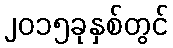
၂၀၁၅ခုနှစ်တွင်